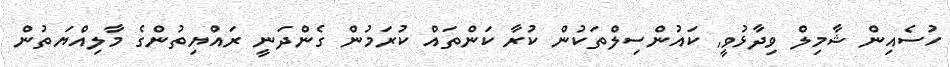
ހުސެއިން ޝާމިލް ވިދާޅުވީ